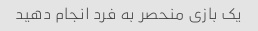
یک بازی منحصر به فرد انجام دهید